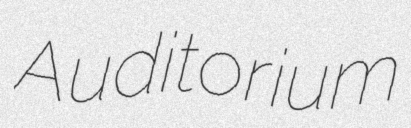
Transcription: Auditorium